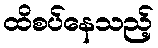
ထိစပ်နေသည့်